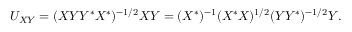
U _ { X Y } = ( X Y Y ^ { * } X ^ { * } ) ^ { - 1 / 2 } X Y = ( X ^ { * } ) ^ { - 1 } ( X ^ { * } X ) ^ { 1 / 2 } ( Y Y ^ { * } ) ^ { - 1 / 2 } Y .